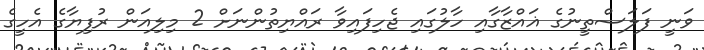
ވަނީ ފަލަސްތީނުގެ ޣައްޒާގާއި ހާލުގައި ޖެހިފައިވާ ރައްޔިތުންނަށް 2 މިލިއަން ރުފިޔާގެ އެހީގެ